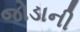
જોડાની